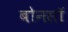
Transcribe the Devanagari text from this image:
बोनसॉ